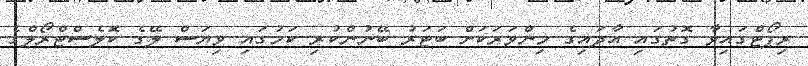
ރިޕޯޓްގައިވާ ގޮތުގައި އާދައިގެ މިންވަރަކަށް ބަޓަރު ބޭނުންކުރި ކަމުގައި ވިޔަސް ލޭގެ ކޮލެސްޓްރޯލްގެ